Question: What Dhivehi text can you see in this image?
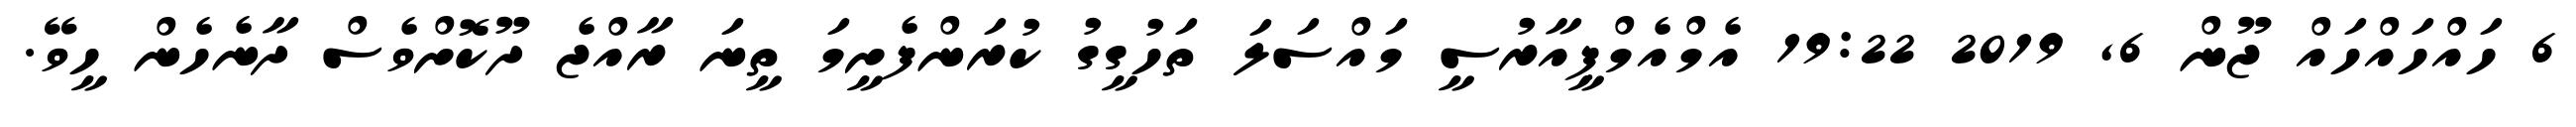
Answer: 6 ހައްހައްހައް ޖޫން 6, 2019 19:22 އެމްއެމްޕީއާރުސީ މައްސަލަ ތަހުގީގު ކުރަންފެށީމަ ތީނަ ރާއްޖެ ދޫކޮށްވެސް ދާނެހެން ހީވޭ.